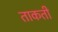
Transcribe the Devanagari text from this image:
ताकती